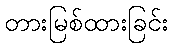
တားမြစ်ထားခြင်း